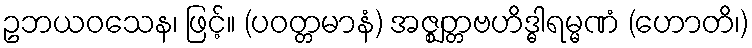
ဥဘယဝသေန၊ ဖြင့်။ (ပဝတ္တမာနံ) အဇ္ဈတ္တဗဟိဒ္ဓါရမ္မဏံ (ဟောတိ၊)